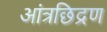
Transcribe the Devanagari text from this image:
आंत्रछिद्रण